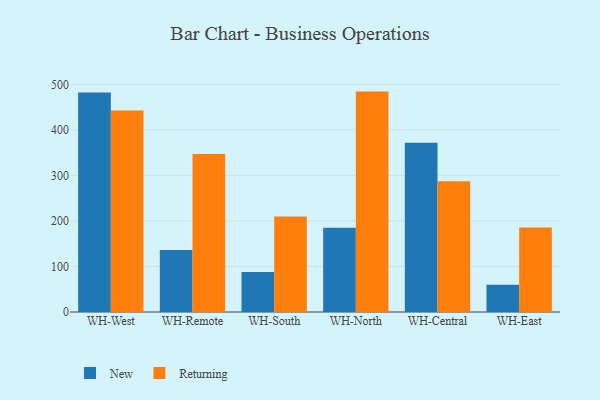
{"axis": {"x": "Warehouse", "y": "Humidity (%)"}, "legend": ["New", "Returning"], "data": [{"x": "WH-West", "y": 482.4, "type": "New"}, {"x": "WH-West", "y": 442.6, "type": "Returning"}, {"x": "WH-Remote", "y": 136.0, "type": "New"}, {"x": "WH-Remote", "y": 346.9, "type": "Returning"}, {"x": "WH-South", "y": 88.1, "type": "New"}, {"x": "WH-South", "y": 209.8, "type": "Returning"}, {"x": "WH-North", "y": 184.9, "type": "New"}, {"x": "WH-North", "y": 484.2, "type": "Returning"}, {"x": "WH-Central", "y": 371.9, "type": "New"}, {"x": "WH-Central", "y": 287.5, "type": "Returning"}, {"x": "WH-East", "y": 60.0, "type": "New"}, {"x": "WH-East", "y": 185.7, "type": "Returning"}]}